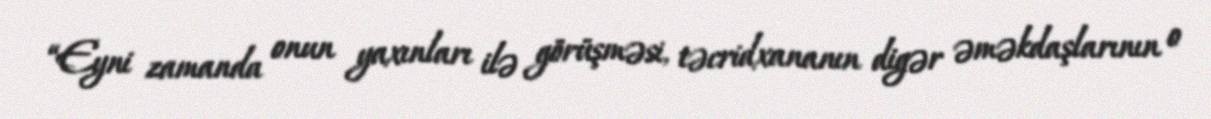
“Eyni zamanda onun yaxınları ilə görüşməsi, təcridxananın digər əməkdaşlarının o